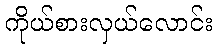
ကိုယ်စားလှယ်လောင်း